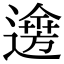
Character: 𨗌